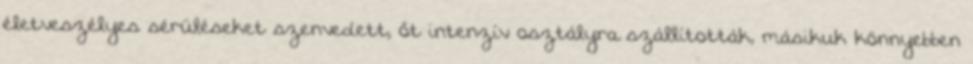
életveszélyes sérüléseket szenvedett, őt intenzív osztályra szállították, másikuk könnyebben